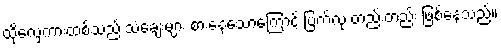
ထိုလှေကားထစ်သည် သံချေးများ စားနေသောကြောင့် ပြက်လု တည်းတည်း ဖြစ်နေသည်။